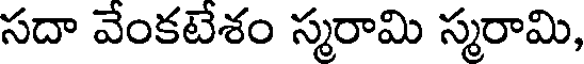
సదా వేంకటేశం స్మరామి స్మరామి,